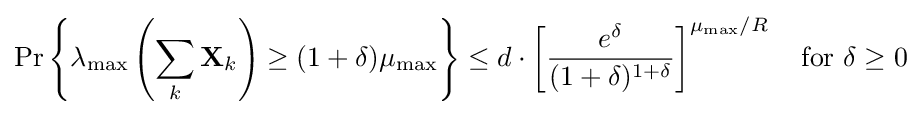
\Pr \left\{\lambda _{\text{max}}\left(\sum _{k}\mathbf {X} _{k}\right)\geq (1+\delta )\mu _{\text{max}}\right\}\leq d\cdot \left[{\frac {e^{\delta }}{(1+\delta )^{1+\delta }}}\right]^{\mu _{\text{max}}/R}\quad {\text{for }}\delta \geq 0